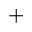
^ +